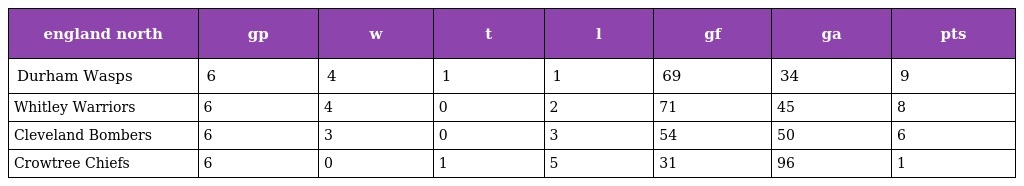
| england north | gp | w | t | l | gf | ga | pts |
 | --- | --- | --- | --- | --- | --- | --- | --- |
 | Durham Wasps | 6 | 4 | 1 | 1 | 69 | 34 | 9 |
 | Whitley Warriors | 6 | 4 | 0 | 2 | 71 | 45 | 8 |
 | Cleveland Bombers | 6 | 3 | 0 | 3 | 54 | 50 | 6 |
 | Crowtree Chiefs | 6 | 0 | 1 | 5 | 31 | 96 | 1 |